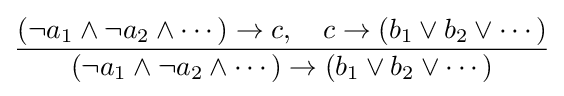
{\frac {(\neg a_{1}\land \neg a_{2}\land \cdots )\rightarrow c,\quad c\rightarrow (b_{1}\lor b_{2}\lor \cdots )}{(\neg a_{1}\land \neg a_{2}\land \cdots )\rightarrow (b_{1}\lor b_{2}\lor \cdots )}}